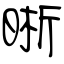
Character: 晰